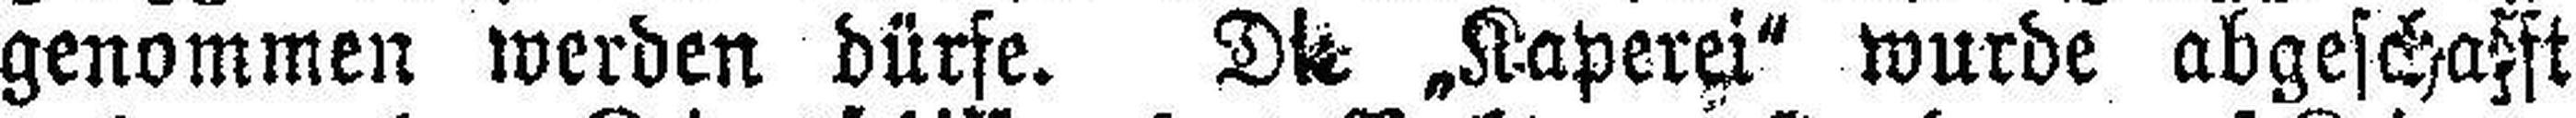
genommen werden dürfe. Die „Kaperei" wurde abgeschafft